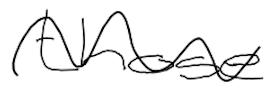
Text: those
Cross-out: wave
Writing tool: digital_black